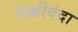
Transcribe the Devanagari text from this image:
सेक्कीदंदा